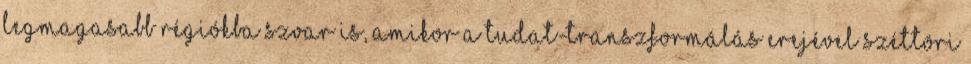
legmagasabb régiókba szvar is, amikor a tudat-transzformálás erejével széttöri